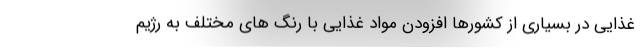
غذایی در بسیاری از کشورها افزودن مواد غذایی با رنگ های مختلف به رژیم